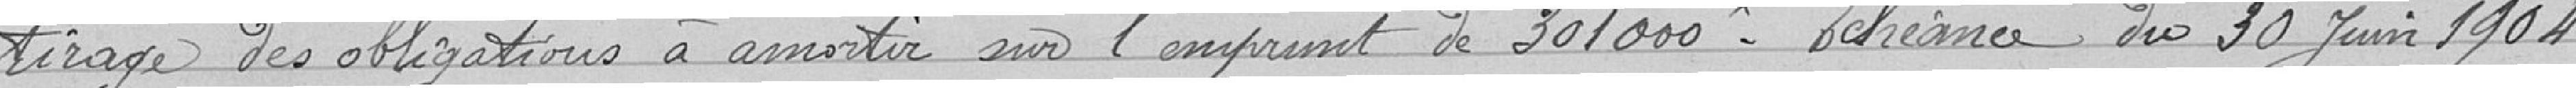
tirage des obligations à amortir sur l'emprunt de 301 000 francs. Echéance du 30 Juin 1904.